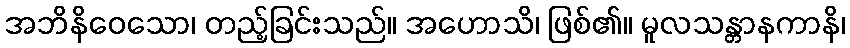
အဘိနိဝေသော၊ တည့်ခြင်းသည်။ အဟောသိ၊ ဖြစ်၏။ မူလသန္တာနကာနိ၊